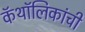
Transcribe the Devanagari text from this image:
कॅथॉलिकांची